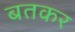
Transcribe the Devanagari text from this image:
बतकर